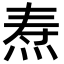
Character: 焘